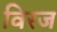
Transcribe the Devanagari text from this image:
विरज